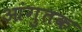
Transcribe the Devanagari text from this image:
आंगुतक